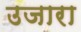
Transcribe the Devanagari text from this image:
उजारा